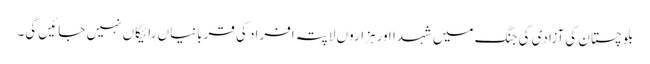
بلوچستان کی آزادی کی جنگ میں شہدا اور ہزاروں لاپتہ افراد کی قربانیاں رائیگاں نہیں جائیں گی۔